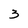
Character: 3